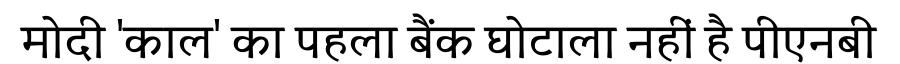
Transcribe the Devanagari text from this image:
मोदी 'काल' का पहला बैंक घोटाला नहीं है पीएनबी